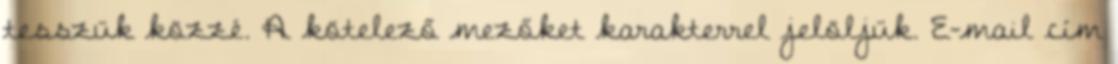
tesszük közzé. A kötelező mezőket karakterrel jelöljük. E-mail cím